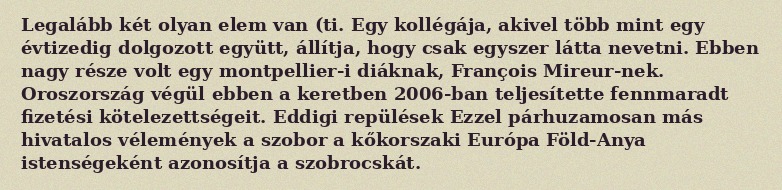
Legalább két olyan elem van (ti. Egy kollégája, akivel több mint egy évtizedig dolgozott együtt, állítja, hogy csak egyszer látta nevetni. Ebben nagy része volt egy montpellier-i diáknak, François Mireur-nek. Oroszország végül ebben a keretben 2006-ban teljesítette fennmaradt fizetési kötelezettségeit. Eddigi repülések Ezzel párhuzamosan más hivatalos vélemények a szobor a kőkorszaki Európa Föld-Anya istenségeként azonosítja a szobrocskát.